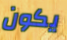
يكون